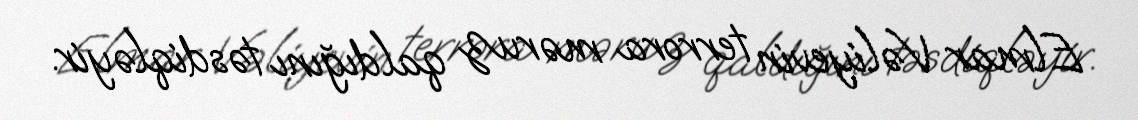
Elmar Vəliyevin terrora məruz qaldığını təsdiqləyir.